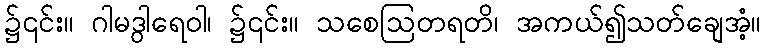
၌၎င်း။ ဂါမဒွါရေဝါ၊ ၌၎င်း။ သစေဩတရတိ၊ အကယ်၍သတ်ချေအံ့။